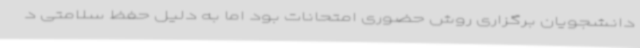
دانشجویان برگزاری روش حضوری امتحانات بود اما به دلیل حفظ سلامتی د